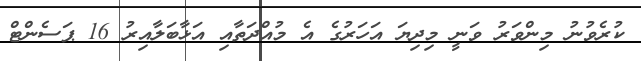
ކުރެވުނު މިންވަރު ވަނީ މިދިޔަ އަހަރުގެ އެ މުއްދަތާއި އަޅާބަލާއިރު 16 ޕަސެންޓް